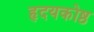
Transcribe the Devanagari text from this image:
हृदयकोष्ठ